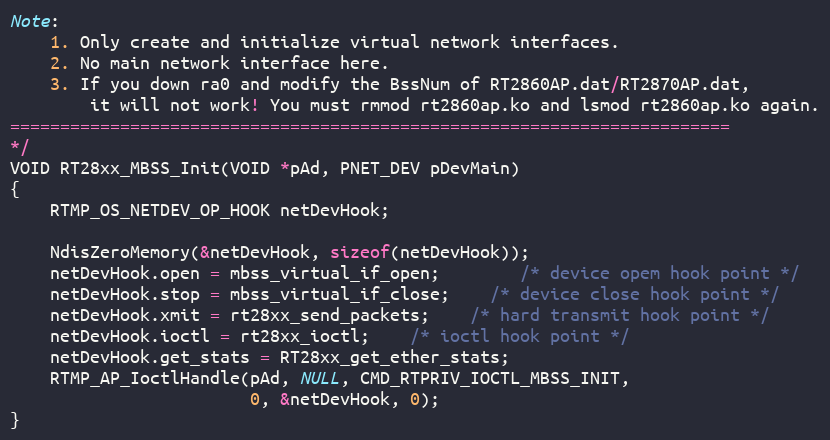
Language: C
Note:
	1. Only create and initialize virtual network interfaces.
	2. No main network interface here.
	3. If you down ra0 and modify the BssNum of RT2860AP.dat/RT2870AP.dat,
		it will not work! You must rmmod rt2860ap.ko and lsmod rt2860ap.ko again.
========================================================================
*/
VOID RT28xx_MBSS_Init(VOID *pAd, PNET_DEV pDevMain)
{
	RTMP_OS_NETDEV_OP_HOOK netDevHook;

	NdisZeroMemory(&netDevHook, sizeof(netDevHook));
	netDevHook.open = mbss_virtual_if_open;		/* device opem hook point */
	netDevHook.stop = mbss_virtual_if_close;	/* device close hook point */
	netDevHook.xmit = rt28xx_send_packets;	/* hard transmit hook point */
	netDevHook.ioctl = rt28xx_ioctl;	/* ioctl hook point */
	netDevHook.get_stats = RT28xx_get_ether_stats;
	RTMP_AP_IoctlHandle(pAd, NULL, CMD_RTPRIV_IOCTL_MBSS_INIT,
						0, &netDevHook, 0);
}